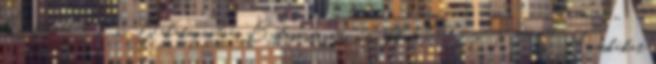
Csajtónál, a Kis-Balatonnál és Budapesten is. mti HIRDETÉS Macskákat